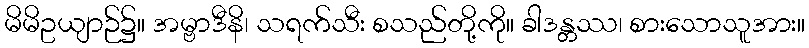
မိမိဥယျာဉ်၌။ အမ္ဗာဒီနိ၊ သရက်သီး စသည်တို့ကို။ ခါဒန္တဿ၊ စားသောသူအား။